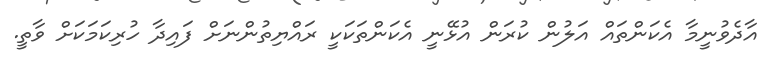
އާދެވުނީމާ އެކަންތައް އަލުން ކުރަން އުޅޭނީ އެކަންތަކަކީ ރައްޔިތުންނަށް ފައިދާ ހުރިކަމަކަށް ވާތީ.